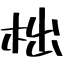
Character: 柮